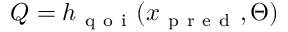
Q = h _ { \mathrm { ~ q ~ o ~ i ~ } } ( x _ { \mathrm { ~ p ~ r ~ e ~ d ~ } } , \Theta )